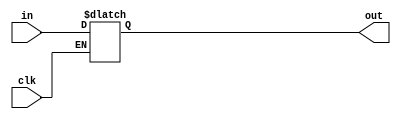
//#############################################################################
//# Function: Active Low Latch                                                #
//#############################################################################
//# Author:   Andreas Olofsson                                                #
//# License:  MIT (see LICENSE file in OH! repository)                        #
//#############################################################################

module oh_lat0
  #(parameter N    = 1,        // number of sync stages
    parameter SYN  = "TRUE",   // synthesizable (or not)
    parameter TYPE = "DEFAULT" // scell type/size
    )
   (input 	   clk, // clk
    input [N-1:0]  in,  // input data
    output [N-1:0] out  // output data
     );

   genvar i;

   generate
      if(SYN == "TRUE") begin
	 reg [N-1:0]      out_reg;
	 always @ (clk or in)
	   if (!clk)
	     out_reg[N-1:0] <= in[N-1:0];
	 assign out[N-1:0] = out_reg[N-1:0];
      end
      else begin
	 for (i=0;i<N;i=i+1) begin
	    asic_lat0 #(.TYPE(TYPE))
	    asic_lat0 (.clk(clk),
		       .in(in[i]),
		       .out(out[i]));
	 end
      end
   endgenerate

endmodule // oh_lat0